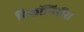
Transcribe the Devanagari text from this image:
रिकॉनिसैंस